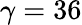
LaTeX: \gamma=36